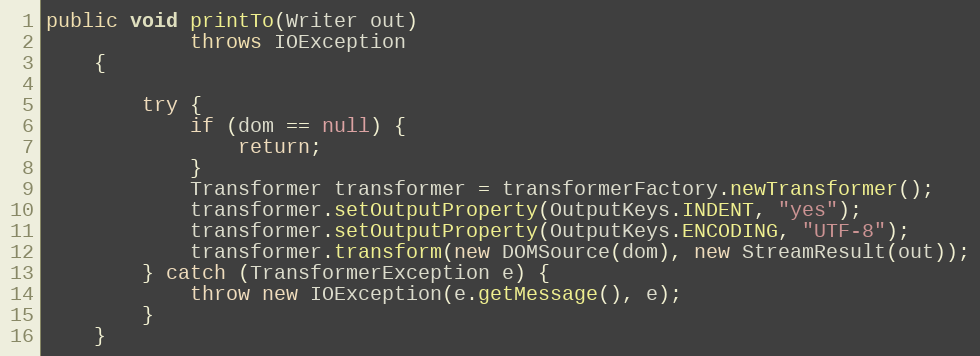
Language: Java
public void printTo(Writer out)
			throws IOException
	{

		try {
			if (dom == null) {
				return;
			}
			Transformer transformer = transformerFactory.newTransformer();
			transformer.setOutputProperty(OutputKeys.INDENT, "yes");
			transformer.setOutputProperty(OutputKeys.ENCODING, "UTF-8");
			transformer.transform(new DOMSource(dom), new StreamResult(out));
		} catch (TransformerException e) {
			throw new IOException(e.getMessage(), e);
		}
	}